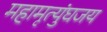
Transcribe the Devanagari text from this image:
महामृत्युंघजय